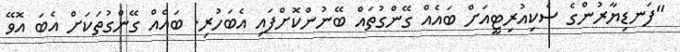
"ފަނޑިޔާރުންގެ ސެކިއުރިޓީއަށް ބައެއް ގޭންގުތައް ބޭނުންކޮށްފައި އެބަހުރި. ބައެއް ގޭންގުތަކަށް އެބަ އޮވޭ